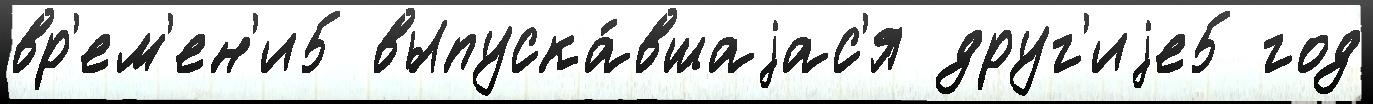
вр'ем'ен'и5 выпуска́вшаjас'я друг'иjе5 год